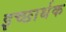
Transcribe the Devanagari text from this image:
इच्छार्थक